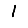
Digit: 1